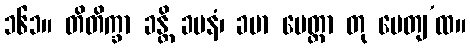
၁၆၁။ တိတိက္ခာ ခန္တိ ခမနံ၊ ခမာ မေတ္တာ တု မေတျ’ထ။